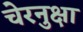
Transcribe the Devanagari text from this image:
चेरनुक्षा